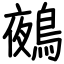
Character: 鵺